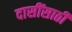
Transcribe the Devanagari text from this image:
दासींसाठी